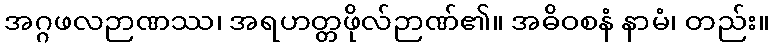
အဂ္ဂဖလဉာဏဿ၊ အရဟတ္တဖိုလ်ဉာဏ်၏။ အဓိဝစနံ နာမံ၊ တည်း။